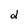
Character: d